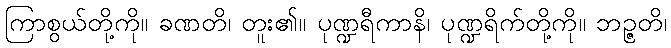
ကြာစွယ်တို့ကို။ ခဏတိ၊ တူး၏။ ပုဏ္ဍရီကာနိ၊ ပုဏ္ဍရိက်တို့ကို။ ဘဉ္ဇတိ၊